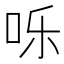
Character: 𪠸